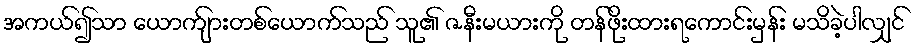
အကယ်၍သာ ယောက်ျားတစ်ယောက်သည် သူ၏ ဇနီးမယားကို တန်ဖိုးထားရကောင်းမှန်း မသိခဲ့ပါလျှင်